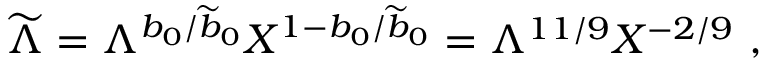
{ \widetilde \Lambda } = \Lambda ^ { b _ { 0 } / { \widetilde b } _ { 0 } } X ^ { 1 - b _ { 0 } / { \widetilde b } _ { 0 } } = \Lambda ^ { 1 1 / 9 } X ^ { - 2 / 9 } ~ ,